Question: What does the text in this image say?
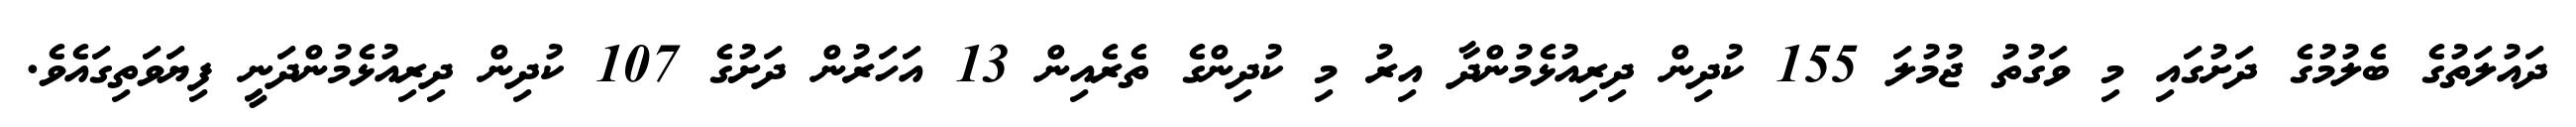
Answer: ދައުލަތުގެ ބެލުމުގެ ދަށުގައި މި ވަގުތު ޖުމުލަ 155 ކުދިން ދިރިއުޅެމުންދާ އިރު މި ކުދިންގެ ތެރެއިން 13 އަހަރުން ދަށުގެ 107 ކުދިން ދިރިއުޅެމުންދަނީ ފިޔަވަތިގައެވެ.